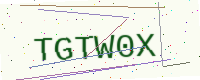
Text: TGTW0X